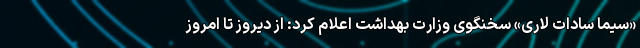
«سیما سادات لاری» سخنگوی وزارت بهداشت اعلام کرد: از دیروز تا امروز